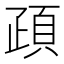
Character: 𩑠